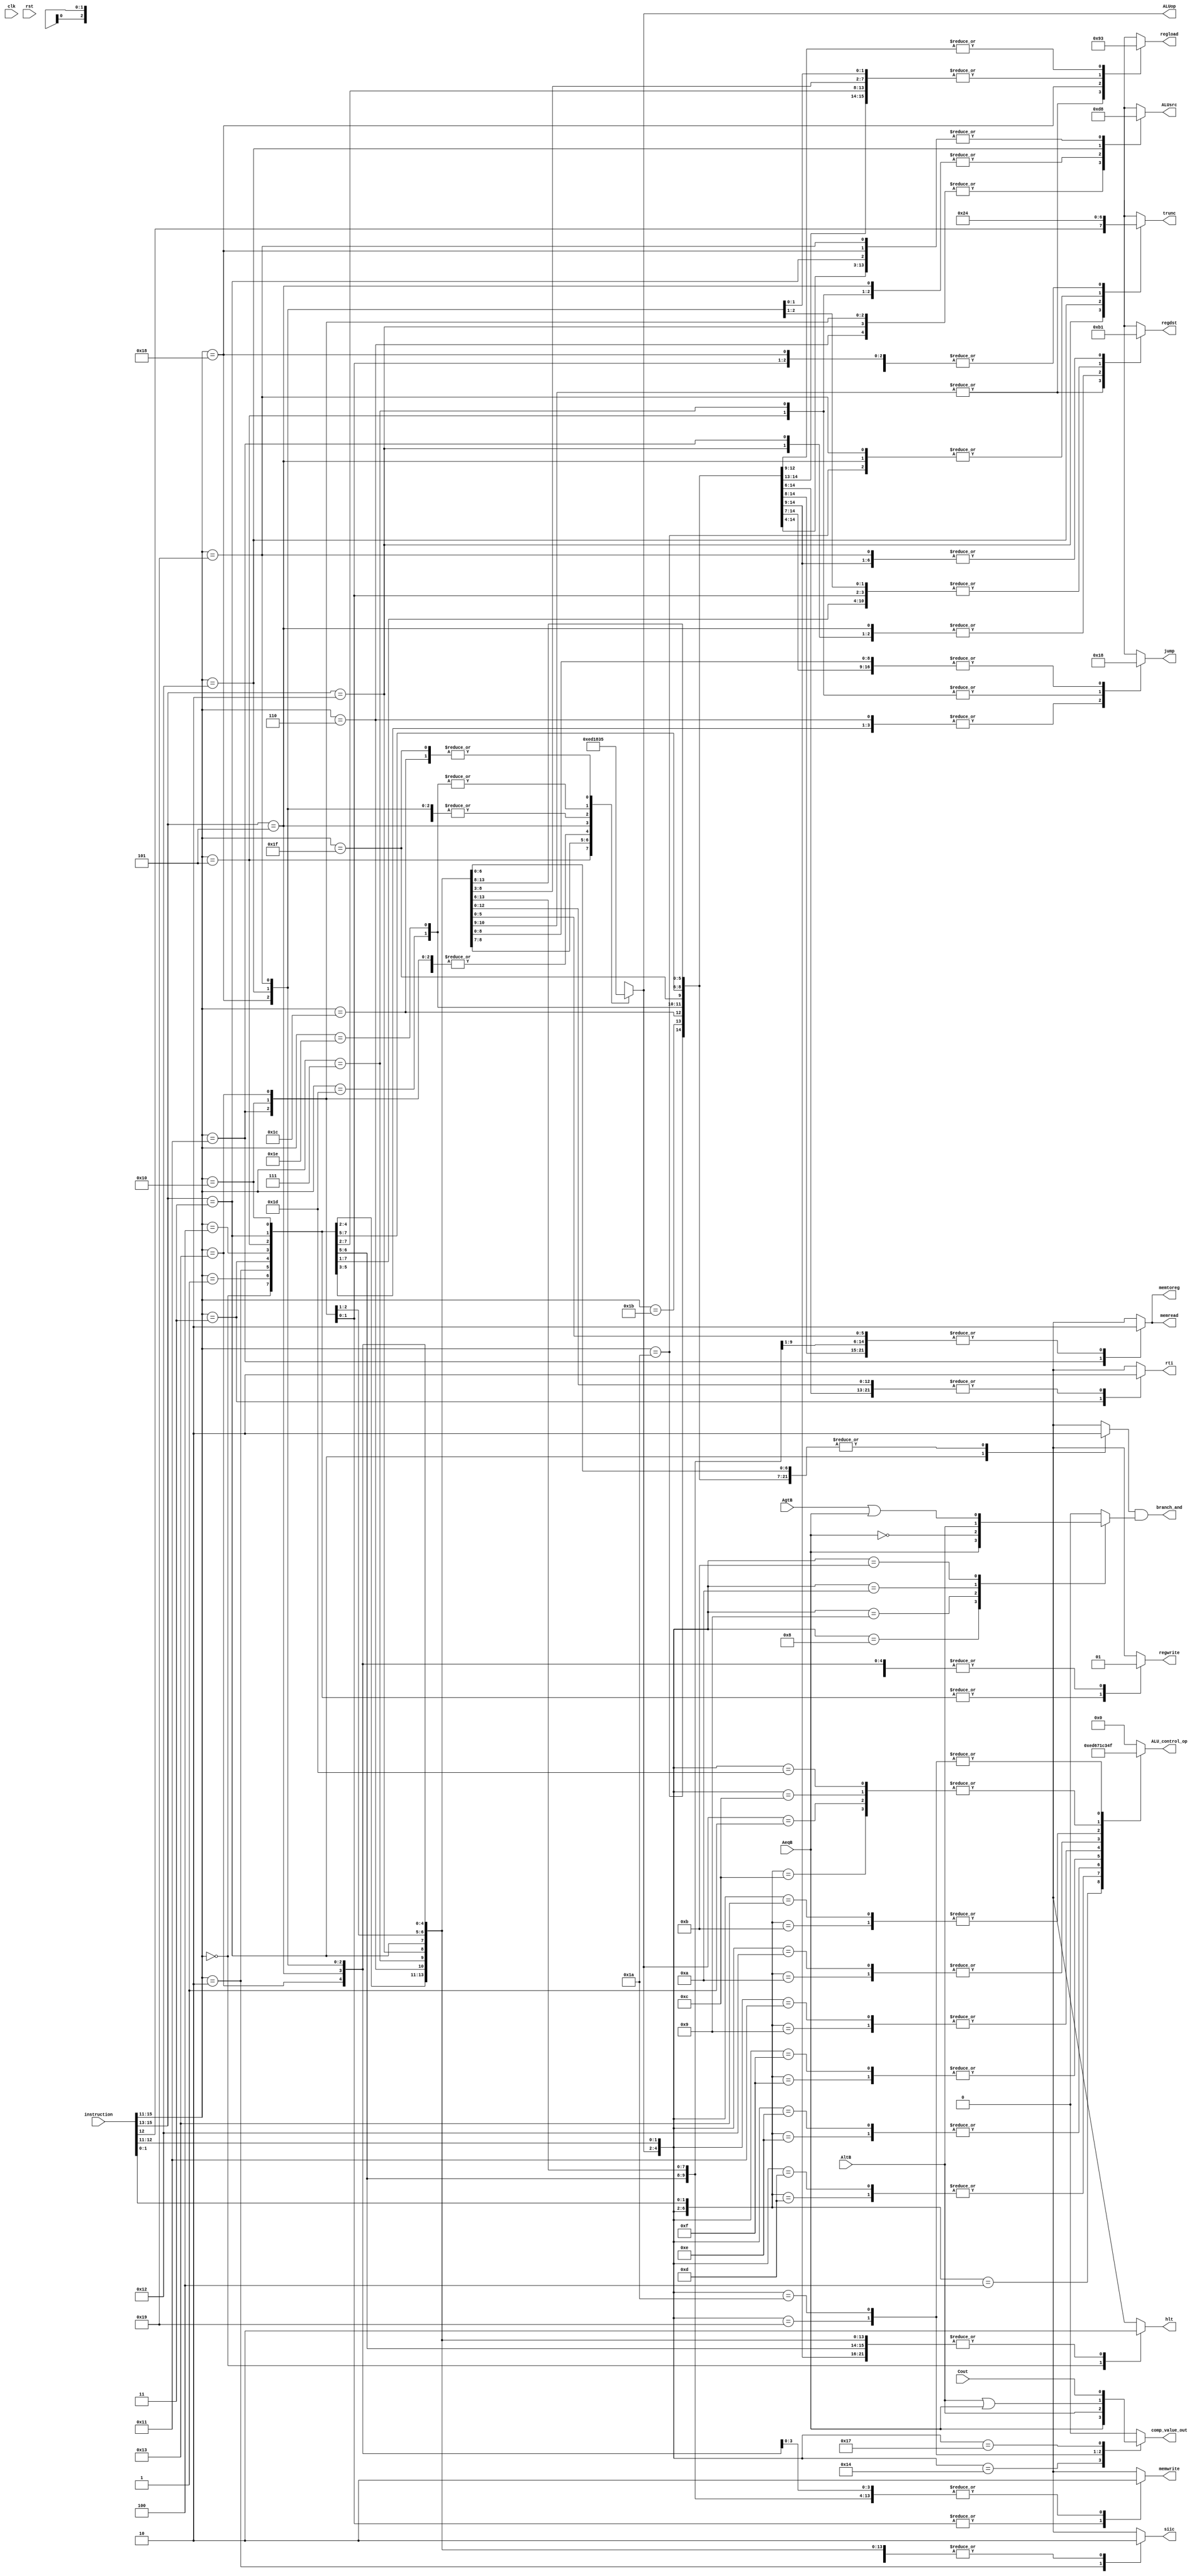
module control_unit (
   
   	clk,
	rst,
	instruction,
	AeqB,
	AltB,
	AgtB,
	Cout,
   
   
        ALU_control_op,
        comp_value_out, //TODO:logic
   	regdst,
	branch_and,
	jump,
	memread,
	memtoreg,
	ALUop,
	memwrite,
	ALUsrc,
	regwrite,
	regload,
	trunc,
	hlt,
	rti,
	siic
   );

   input clk;
   input rst;
   input AeqB;
   input AltB;
   input AgtB;
   input Cout;
   input  [15:0] instruction;
   output [ 3:0] ALU_control_op;
   output reg    comp_value_out;
   output [ 1:0] regdst     ;
   output        branch_and ;
   output [ 1:0] jump       ;
   output        memread    ;
   output        memtoreg   ;
   output [ 2:0] ALUop      ;
   output        memwrite   ;
   output [ 1:0] ALUsrc     ;
   output        regwrite   ;
   output [ 1:0] regload    ;
   output [ 1:0] trunc      ;      
   output        hlt        ;      
   output        rti        ;      
   output        siic        ;      

reg [1:0] regdst_i   ;
reg       branch_i   ;
reg [1:0] jump_i     ;
reg       memread_i  ;
reg       memtoreg_i ;
reg [2:0] ALUop_i    ;
reg       memwrite_i ;
reg [1:0] ALUsrc_i   ;
reg       regwrite_i ;
reg [1:0] regload_i  ;
reg [1:0] trunc_i    ;     
reg       hlt_i      ;     
reg       rti_i      ;     
reg       siic_i      ;     
reg       branch_alu_out;
wire branch;
wire [1:0] jump;
reg [3:0] ALU_control;  
wire [6:0] ALUcontrol_in;  


assign regdst   = regdst_i  ;
assign branch   = branch_i  ;
assign jump     = jump_i    ;
assign memread  = memread_i ;
assign memtoreg = memtoreg_i;
assign ALUop    = ALUop_i   ;
assign memwrite = memwrite_i;
assign ALUsrc   = ALUsrc_i  ;
assign regwrite = regwrite_i;
assign regload  = regload_i ;
assign trunc    = trunc_i   ;
assign hlt      = hlt_i     ;
assign rti      = rti_i     ;
assign siic     = siic_i    ;

   always @* begin
	   casex (instruction[15:11])
		   5'b00000: begin
   			regdst_i   <= 2'b0 ;  
			branch_i   <= 1'b0 ;
			jump_i     <= 2'b0 ;
			memread_i  <= 1'b0 ;
			memtoreg_i <= 1'b0 ;
			ALUop_i    <= 3'b0 ;
			memwrite_i <= 1'b0 ;
			ALUsrc_i   <= 2'b0 ;
			regwrite_i <= 1'b0 ;
			regload_i  <= 2'b0 ;
   			trunc_i    <= 2'b0 ;  
   			hlt_i      <= 1'b1 ;  
   			rti_i      <= 1'b0 ;  
		        siic_i     <= 1'b0;	
		end
		   5'b00001: begin
   			regdst_i   <= 2'b0 ;  
			branch_i   <= 1'b0 ;
			jump_i     <= 2'b0 ;
			memread_i  <= 1'b0 ;
			memtoreg_i <= 1'b0 ;
			ALUop_i    <= 3'b0 ;
			memwrite_i <= 1'b0 ;
			ALUsrc_i   <= 2'b0 ;
			regwrite_i <= 1'b0 ;
			regload_i  <= 2'b0 ;
   			trunc_i    <= 2'b0 ;  
   			hlt_i      <= 1'b0 ;  
   			rti_i      <= 1'b0 ;  
		        siic_i     <= 1'b0;	
		end
		   5'b00010: begin //SIIC
   			regdst_i   <= 2'b0 ;  
			branch_i   <= 1'b0 ;
			jump_i     <= 2'b1 ;
			memread_i  <= 1'b0 ;
			memtoreg_i <= 1'b0 ;
			ALUop_i    <= 3'b0 ;
			memwrite_i <= 1'b0 ;
			ALUsrc_i   <= 2'b0 ;
			regwrite_i <= 1'b0 ;
			regload_i  <= 2'b0 ;
   			trunc_i    <= 2'b0 ;  
   			hlt_i      <= 1'b0 ; 
   			rti_i      <= 1'b0 ;  
		        siic_i     <= 1'b1;	
		end	
		   5'b00011: begin //RTI
   			regdst_i   <= 2'b0 ;  
			branch_i   <= 1'b0 ;
			jump_i     <= 2'b1 ;
			memread_i  <= 1'b0 ;
			memtoreg_i <= 1'b0 ;
			ALUop_i    <= 3'b0 ;
			memwrite_i <= 1'b0 ;
			ALUsrc_i   <= 2'b0 ;
			regwrite_i <= 1'b0 ;
			regload_i  <= 2'b0 ;
   			trunc_i    <= 2'b0 ;  
   			hlt_i      <= 1'b0 ; 
   			rti_i      <= 1'b1 ;  
		        siic_i     <= 1'b0;	
		end	
		   5'b00100: begin
   			regdst_i   <= 2'b0 ;  
			branch_i   <= 1'b0 ;
			jump_i     <= 2'b1 ;
			memread_i  <= 1'b0 ;
			memtoreg_i <= 1'b0 ;
			ALUop_i    <= 3'b0 ;
			memwrite_i <= 1'b0 ;
			ALUsrc_i   <= 2'b0 ;
			regwrite_i <= 1'b0 ;
			regload_i  <= 2'b0 ;
   			trunc_i    <= 2'b0 ;  
   			hlt_i      <= 1'b0 ;  
   			rti_i      <= 1'b0 ;  
		        siic_i     <= 1'b0;	
		end
		   5'b00101: begin //JR
   			regdst_i   <= 2'b0 ;  
			branch_i   <= 1'b0 ;
			jump_i     <= 2'b10 ;
			memread_i  <= 1'b0 ;
			memtoreg_i <= 1'b0 ;
			ALUop_i    <= 3'b111 ;
			memwrite_i <= 1'b0 ;
			ALUsrc_i   <= 2'b1 ;
			regwrite_i <= 1'b0 ;
			regload_i  <= 2'b0 ;
   			trunc_i    <= 2'b0 ;  
   			hlt_i      <= 1'b0 ;  
   			rti_i      <= 1'b0 ;  
		        siic_i     <= 1'b0;	
		end
		   5'b00110: begin
   			regdst_i   <= 2'b10 ;  
			branch_i   <= 1'b0 ;
			jump_i     <= 2'b1 ;
			memread_i  <= 1'b0 ;
			memtoreg_i <= 1'b0 ;
			ALUop_i    <= 3'b0 ;
			memwrite_i <= 1'b0 ;
			ALUsrc_i   <= 2'b11 ;
			regwrite_i <= 1'b1 ;
			regload_i  <= 2'b10 ;
   			trunc_i    <= 2'b0 ;  
   			hlt_i      <= 1'b0 ;  
   			rti_i      <= 1'b0 ;  
		        siic_i     <= 1'b0;	
		end
		   5'b00111: begin //JALR
   			regdst_i   <= 2'b10 ;  
			branch_i   <= 1'b0 ;
			jump_i     <= 2'b10 ;
			memread_i  <= 1'b0 ;
			memtoreg_i <= 1'b0 ;
			ALUop_i    <= 3'b1 ;
			memwrite_i <= 1'b0 ;
			ALUsrc_i   <= 2'b1 ;
			regwrite_i <= 1'b1 ;
			regload_i  <= 2'b10 ;
   			trunc_i    <= 2'b0 ;  
   			hlt_i      <= 1'b0 ;  
   			rti_i      <= 1'b0 ;  
		        siic_i     <= 1'b0;	
		end
		   5'b010??: begin
   			regdst_i   <= 2'b11 ;  
			branch_i   <= 1'b0 ;
			jump_i     <= 2'b0 ;
			memread_i  <= 1'b0 ;
			memtoreg_i <= 1'b0 ;
			ALUop_i    <= 3'b11 ;
			memwrite_i <= 1'b0 ;
			ALUsrc_i   <= 2'b11 ;
			regwrite_i <= 1'b1 ;
			regload_i  <= 2'b0 ;
   			trunc_i    <= {instruction[12],1'b0} ;  
   			hlt_i      <= 1'b0 ;  
   			rti_i      <= 1'b0 ;  
		        siic_i     <= 1'b0;	
		end
		   5'b011??: begin //branch
   			regdst_i   <= 2'b0 ;  
			branch_i   <= 1'b1 ;
			jump_i     <= 2'b0 ;
			memread_i  <= 1'b0 ;
			memtoreg_i <= 1'b0 ;
			ALUop_i    <= 3'b10 ;
			memwrite_i <= 1'b0 ;
			ALUsrc_i   <= 2'b0 ;
			regwrite_i <= 1'b0 ;
			regload_i  <= 2'b0 ;
   			trunc_i    <= 2'b0 ;  
   			hlt_i      <= 1'b0 ;  
   			rti_i      <= 1'b0 ;  
		        siic_i     <= 1'b0;	
		end
		   5'b10001: begin //LD
   			regdst_i   <= 2'b11 ;  
			branch_i   <= 1'b0 ;
			jump_i     <= 2'b0 ;
			memread_i  <= 1'b1 ;
			memtoreg_i <= 1'b1 ;
			ALUop_i    <= 3'b1 ;
			memwrite_i <= 1'b0 ;
			ALUsrc_i   <= 2'b11 ;
			regwrite_i <= 1'b1 ;
			regload_i  <= 2'b0 ;
   			trunc_i    <= 2'b0 ;  
   			hlt_i      <= 1'b0 ;  
   			rti_i      <= 1'b0 ;  
		        siic_i     <= 1'b0;	
		end
		   5'b10000: begin //ST
   			regdst_i   <= 2'b0 ;  
			branch_i   <= 1'b0 ;
			jump_i     <= 2'b0 ;
			memread_i  <= 1'b0 ;
			memtoreg_i <= 1'b0 ;
			ALUop_i    <= 3'b1 ;
			memwrite_i <= 1'b1 ;
			ALUsrc_i   <= 2'b11 ;
			regwrite_i <= 1'b0 ;
			regload_i  <= 2'b0 ;
   			trunc_i    <= 2'b0 ;  
   			hlt_i      <= 1'b0 ;  
   			rti_i      <= 1'b0 ;  
		        siic_i     <= 1'b0;	
		end
		   5'b10011: begin //STU
   			regdst_i   <= 2'b0 ;  
			branch_i   <= 1'b0 ;
			jump_i     <= 2'b0 ;
			memread_i  <= 1'b0 ;
			memtoreg_i <= 1'b0 ;
			ALUop_i    <= 3'b1 ;
			memwrite_i <= 1'b1 ;
			ALUsrc_i   <= 2'b11 ;
			regwrite_i <= 1'b1 ;
			regload_i  <= 2'b0 ;
   			trunc_i    <= 2'b0 ;  
   			hlt_i      <= 1'b0 ;  
   			rti_i      <= 1'b0 ;  
		        siic_i     <= 1'b0;	
		end
		   5'b101??: begin
   			regdst_i   <= 2'b11 ;  
			branch_i   <= 1'b0 ;
			jump_i     <= 2'b0 ;
			memread_i  <= 1'b0 ;
			memtoreg_i <= 1'b0 ;
			ALUop_i    <= 3'b100 ;
			memwrite_i <= 1'b0 ;
			ALUsrc_i   <= 2'b1 ;
			regwrite_i <= 1'b1 ;
			regload_i  <= 2'b0 ;
   			trunc_i    <= 2'b1 ;  
   			hlt_i      <= 1'b0 ;  
   			rti_i      <= 1'b0 ;  
		        siic_i     <= 1'b0;	
		end
		   5'b11000: begin //LBI
   			regdst_i   <= 2'b0 ;  
			branch_i   <= 1'b0 ;
			jump_i     <= 2'b0 ;
			memread_i  <= 1'b0 ;
			memtoreg_i <= 1'b0 ;
			ALUop_i    <= 3'b0 ;
			memwrite_i <= 1'b0 ;
			ALUsrc_i   <= 2'b0 ;
			regwrite_i <= 1'b1 ;
			regload_i  <= 2'b1 ;
   			trunc_i    <= 2'b0 ;  
   			hlt_i      <= 1'b0 ;  
   			rti_i      <= 1'b0 ;  
		        siic_i     <= 1'b0;	
		end
		   5'b10010: begin //SLBI
   			regdst_i   <= 2'b0 ;  
			branch_i   <= 1'b0 ;
			jump_i     <= 2'b0 ;
			memread_i  <= 1'b0 ;
			memtoreg_i <= 1'b0 ;
			ALUop_i    <= 3'b0 ;
			memwrite_i <= 1'b0 ;
			ALUsrc_i   <= 2'b10 ;
			regwrite_i <= 1'b1 ;
			regload_i  <= 2'b0 ;
   			trunc_i    <= 2'b10 ;  
   			hlt_i      <= 1'b0 ;  
   			rti_i      <= 1'b0 ;  
		        siic_i     <= 1'b0;	
		end
		   5'b11001: begin
   			regdst_i   <= 2'b1 ;  
			branch_i   <= 1'b0 ;
			jump_i     <= 2'b0 ;
			memread_i  <= 1'b0 ;
			memtoreg_i <= 1'b0 ;
			ALUop_i    <= 3'b0 ;
			memwrite_i <= 1'b0 ;
			ALUsrc_i   <= 2'b0 ;
			regwrite_i <= 1'b1 ;
			regload_i  <= 2'b0 ;
   			trunc_i    <= 2'b1 ;  
   			hlt_i      <= 1'b0 ;  
   			rti_i      <= 1'b0 ;  
		        siic_i     <= 1'b0;	
		end
		   5'b11010: begin
   			regdst_i   <= 2'b1 ;  
			branch_i   <= 1'b0 ;
			jump_i     <= 2'b0 ;
			memread_i  <= 1'b0 ;
			memtoreg_i <= 1'b0 ;
			ALUop_i    <= 3'b0 ;
			memwrite_i <= 1'b0 ;
			ALUsrc_i   <= 2'b0 ;
			regwrite_i <= 1'b1 ;
			regload_i  <= 2'b0 ;
   			trunc_i    <= 2'b1 ;  
   			hlt_i      <= 1'b0 ;  
   			rti_i      <= 1'b0 ;  
		        siic_i     <= 1'b0;	
		end
		   5'b11011: begin
   			regdst_i   <= 2'b1 ;  
			branch_i   <= 1'b0 ;
			jump_i     <= 2'b0 ;
			memread_i  <= 1'b0 ;
			memtoreg_i <= 1'b0 ;
			ALUop_i    <= 3'b0 ;
			memwrite_i <= 1'b0 ;
			ALUsrc_i   <= 2'b0 ;
			regwrite_i <= 1'b1 ;
			regload_i  <= 2'b0 ;
   			trunc_i    <= 2'b0 ;  
   			hlt_i      <= 1'b0 ;  
   			rti_i      <= 1'b0 ;  
		        siic_i     <= 1'b0;	
		end
		   5'b11100: begin //SEQ
   			regdst_i   <= 2'b1 ;  
			branch_i   <= 1'b0 ;
			jump_i     <= 2'b0 ;
			memread_i  <= 1'b0 ;
			memtoreg_i <= 1'b0 ;
			ALUop_i    <= 3'b101 ;
			memwrite_i <= 1'b0 ;
			ALUsrc_i   <= 2'b0 ;
			regwrite_i <= 1'b1 ;
			regload_i  <= 2'b11 ;
   			trunc_i    <= 2'b0 ;  
   			hlt_i      <= 1'b0 ;  
   			rti_i      <= 1'b0 ;  
		        siic_i     <= 1'b0;	
		end
		   5'b11101: begin //SLT
   			regdst_i   <= 2'b1 ;  
			branch_i   <= 1'b0 ;
			jump_i     <= 2'b0 ;
			memread_i  <= 1'b0 ;
			memtoreg_i <= 1'b0 ;
			ALUop_i    <= 3'b110 ;
			memwrite_i <= 1'b0 ;
			ALUsrc_i   <= 2'b0 ;
			regwrite_i <= 1'b1 ;
			regload_i  <= 2'b11 ;
   			trunc_i    <= 2'b0 ;  
   			hlt_i      <= 1'b0 ;  
   			rti_i      <= 1'b0 ;  
		        siic_i     <= 1'b0;	
		end
		   5'b11110: begin //SLE
   			regdst_i   <= 2'b1 ;  
			branch_i   <= 1'b0 ;
			jump_i     <= 2'b0 ;
			memread_i  <= 1'b0 ;
			memtoreg_i <= 1'b0 ;
			ALUop_i    <= 3'b110 ;
			memwrite_i <= 1'b0 ;
			ALUsrc_i   <= 2'b0 ;
			regwrite_i <= 1'b1 ;
			regload_i  <= 2'b11 ;
   			trunc_i    <= 2'b0 ;  
   			hlt_i      <= 1'b0 ;  
   			rti_i      <= 1'b0 ;  
		        siic_i     <= 1'b0;	
		end
		   5'b11111: begin //SCO
   			regdst_i   <= 2'b1 ;  
			branch_i   <= 1'b0 ;
			jump_i     <= 2'b0 ;
			memread_i  <= 1'b0 ;
			memtoreg_i <= 1'b0 ;
			ALUop_i    <= 3'b101 ;
			memwrite_i <= 1'b0 ;
			ALUsrc_i   <= 2'b0 ;
			regwrite_i <= 1'b1 ;
			regload_i  <= 2'b11 ;
   			trunc_i    <= 2'b0 ;  
   			hlt_i      <= 1'b0 ;  
   			rti_i      <= 1'b0 ;  
		        siic_i     <= 1'b0;	
		end
	endcase
end

assign branch_and = branch & branch_alu_out;

   assign ALUcontrol_in = {ALUop,instruction[12:11],instruction[1:0]};

 always @(ALUcontrol_in)  begin
	 casex (ALUcontrol_in)
  		 7'b000_0100: ALU_control=4'b1110; //BTR 
  		 7'b000_1100: ALU_control=4'b0100; //ADD 
  		 7'b000_1101: ALU_control=4'b1101; //SUB
 		 7'b000_1110: ALU_control=4'b0110; //XOR 
 		 7'b000_1111: ALU_control=4'b0111; //ANDN 
 		 7'b000_1000: ALU_control=4'b0000; //ROL 
 		 7'b000_1001: ALU_control=4'b0001; //SLL 
 		 7'b000_1010: ALU_control=4'b1100; //ROR 
 		 7'b000_1011: ALU_control=4'b0011; //SRL 
		 
		 7'b001_xxxx: ALU_control=4'b0100;  
		 
		// 7'b010_00xx: ALU_control=4'b; //BEQZ  
		// 7'b010_01xx: ALU_control=4'b; //BNEZ  
		// 7'b010_10xx: ALU_control=4'b; //BLTZ  
		// 7'b010_11xx: ALU_control=4'b; //BGEZ

		 7'b011_00xx: ALU_control=4'b0100; //ADDI  
		 7'b011_01xx: ALU_control=4'b1101; //SUBI  
		 7'b011_10xx: ALU_control=4'b0110; //XORI  
		 7'b011_11xx: ALU_control=4'b0111; //ANDNI
		 
		 7'b100_00xx: ALU_control=4'b0000; //ROLI  
		 7'b100_01xx: ALU_control=4'b0001; //SLLI  
		 7'b100_10xx: ALU_control=4'b1100; //RORI  
		 7'b100_11xx: ALU_control=4'b0011; //SRLI
		 7'b111_01xx: ALU_control=4'b0100; //JR
		 
		// 7'b101_00xx: ALU_control=4'b; //SEQ  
		 7'b110_01xx: ALU_control=4'b1111; //SLT  
		 7'b110_10xx: ALU_control=4'b1111; //SLE  
		// 7'b101_11xx: ALU_control=4'b; //SCO
	         	 
 		// 6'b1000xx: ALU_control=4'b;  
  		 default:   ALU_control=4'b0000;  
	 endcase
 end
assign ALU_control_op = ALU_control;

       always @(*)  begin
			branch_alu_out = 1'b0;
			comp_value_out = 1'b0;
         casex ({ALUop,instruction[12:11]})
                 5'b10100: comp_value_out=AeqB; //SEQ
                 5'b11001: comp_value_out=AltB; //SLT
                 5'b11010: comp_value_out=AltB|AeqB; //SLE
                 5'b10111: comp_value_out=Cout; //SCO
                 5'b01000: branch_alu_out=AeqB; //BEQZ
                 5'b01001: branch_alu_out=~AeqB; //BNEZ
                 5'b01010: branch_alu_out=AltB; //BLTZ
                 5'b01011: branch_alu_out=AgtB|AeqB; //BGEZ
		default: begin
			branch_alu_out = 1'b0;
			comp_value_out = 1'b0;
		end
	 endcase
 end




endmodule